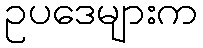
ဥပဒေများက